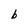
Character: b